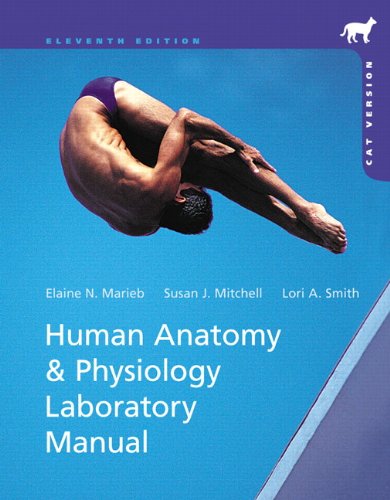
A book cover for Human Anatomy & Physiology Laboratory Manual, Cat Version (11th Edition); Elaine N. Marieb; Medical Books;